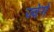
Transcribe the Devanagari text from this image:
ज्वेर्ग